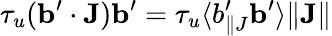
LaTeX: \tau_{u}({\mathbf{b}}^{\prime}\cdot{\mathbf{J}}){\mathbf{b}}^{\prime}=\tau_{u}\langle{b_{\parallel J}^{\prime}{\mathbf{b}}^{\prime}}\rangle\| {\mathbf{J}}\|